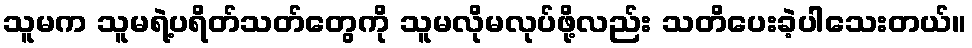
သူမက သူမရဲ့ပရိတ်သတ်တွေကို သူမလိုမလုပ်ဖို့လည်း သတိပေးခဲ့ပါသေးတယ်။